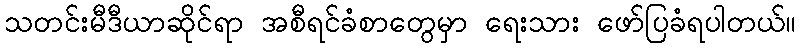
သတင်းမီဒီယာဆိုင်ရာ အစီရင်ခံစာတွေမှာ ရေးသား ဖော်ပြခံရပါတယ်။